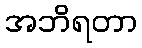
အဘိရတာ